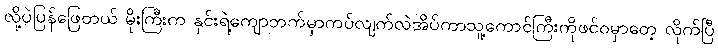
လို့ပဲပြန်ဖြေတယ် မိုးကြီးက နှင်းရဲ့ကျောဘက်မှာကပ်လျက်လဲအိပ်ကာသူ့ကောင်ကြီးကိုဖင်ဝမှာတေ့ လိုက်ပြီ